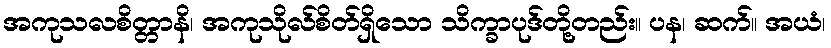
အကုသလစိတ္တာနိ၊ အကုသိုလ်စိတ်ရှိသော သိက္ခာပုဒ်တို့တည်း။ ပန၊ ဆက်။ အယံ၊